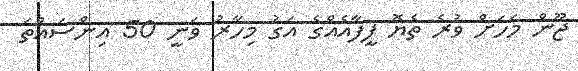
ޖޫން މަހަށް ވުރެ ތެޔޮ ފީފާއެއްގެ އަގު މިހާރު ވަނީ 50 އިންސައްތަ